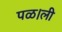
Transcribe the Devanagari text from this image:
पळ।ली